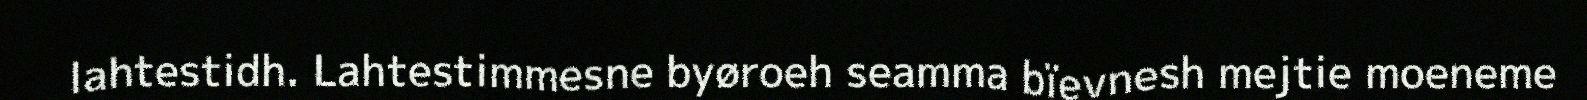
lahtestidh. Lahtestimmesne byøroeh seamma bïevnesh mejtie moeneme